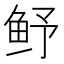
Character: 𮬛